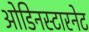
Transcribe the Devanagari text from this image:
ओडिनस्टारनेट